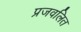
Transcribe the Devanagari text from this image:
प्रजवलित